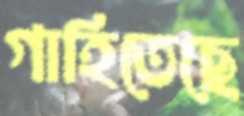
গাহিতেছে